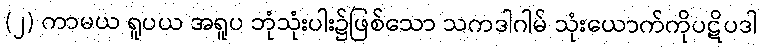
(၂) ကာမယ ရူပယ အရူပ ဘုံသုံးပါး၌ဖြစ်သော သကဒါဂါမ် သုံးယောက်ကိုပဋိပဒါ